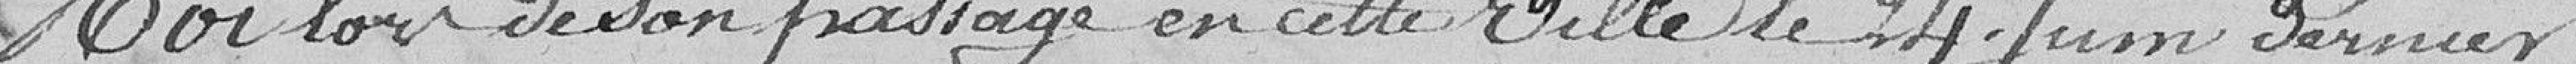
Roi lors de son passage en cette ville le 24 Juin dernier.